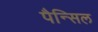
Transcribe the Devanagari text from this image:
पैन्सिल